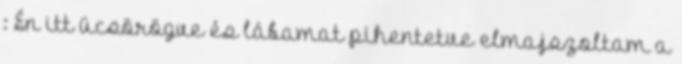
: Én itt ücsörögve és lábamat pihentetve elmajszoltam a